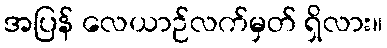
အပြန် လေယာဉ်လက်မှတ် ရှိလား။